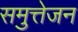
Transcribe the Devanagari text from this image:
समुत्तेजन